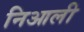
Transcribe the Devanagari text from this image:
निआली